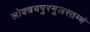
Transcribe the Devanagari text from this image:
लोक्त्रयपुरमूलस्तम्भं